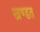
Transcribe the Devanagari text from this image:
खण्डत